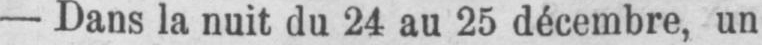
- Dans la nuit du 24 au 25 décembre, un